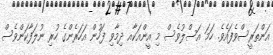
އަންތަރީސްވެފައެވެ. ހަމަ އަސްލުވެސް މި އީންއަކާއ ދިމާވި ފަހުން އަހަރެންގެ ހުރި ނުލަފާކަންވެސް